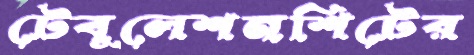
টেবুলেশনশিটের